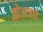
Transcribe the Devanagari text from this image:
कोआजाद